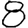
Digit: 8